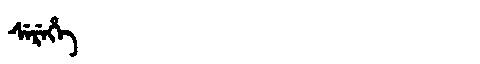
Manchu: ᠰᡝᡵᡝᡥᡝ
Romanization: SEREHE